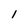
Character: l